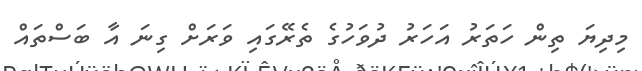
މިދިޔަ ތިން ހަތަރު އަހަރު ދުވަހުގެ ތެރޭގައި ވަރަށް ގިނަ އާ ބަސްތައް